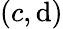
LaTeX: (c,\mathrm{d})